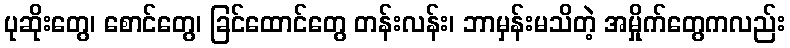
ပုဆိုးတွေ၊ စောင်တွေ၊ ခြင်ထောင်တွေ တန်းလန်း၊ ဘာမှန်းမသိတဲ့ အမှိုက်တွေကလည်း